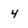
Character: 4